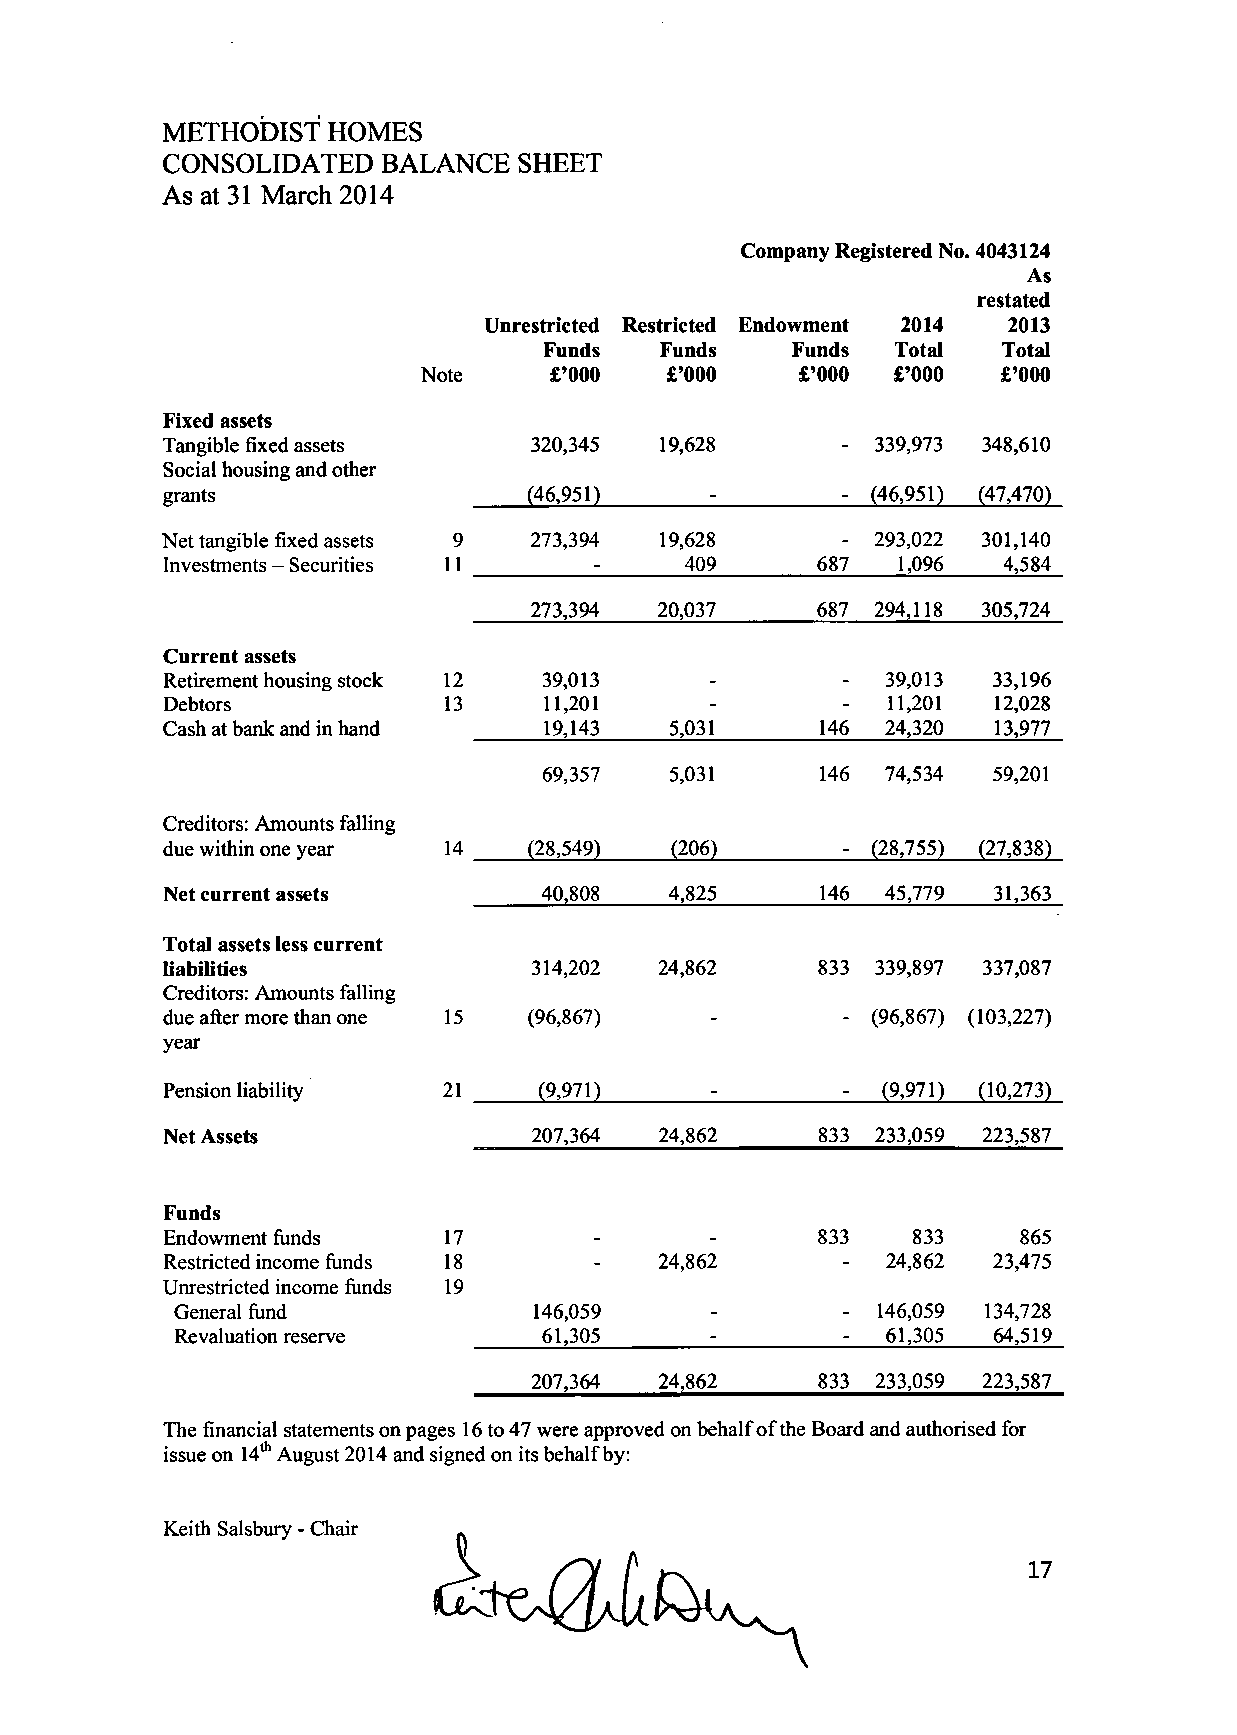
METHODIST  HOMES
 CONSOLIDATED  BALANCE   SHEET
 As at 31 March 2014
 Company Registered No. 4043124
 As
 restated
 Unrestricted Restricted Endowment 2014 2013
 Funds  Funds    Funds  Total  Total
 Note     £'000  £'000    £'000 £'000  £'000
 Fixed assets
 Tangible fixed assets   320,345  19,628      - 339,973 348,610
 Social housing and other
 grants                  (46,951)    _        _ (46,951) (47,470)
 Net tangible fixed assets 9 273,394 19,628     293,022 301,140
 Investments - Securities 11 -     409      687  1,096  4,584
 273,394  20,037    687 294,118 305,724
 Current assets
 Retirement housing stock 12 39,013              39,013 33,196
 Debtors           13     11,201     -        -  11,201 12,028
 Cash at bank and in hand 19,143  5,031     146  24,320 13,977
 69,357  5,031     146  74,534 59,201
 Creditors: Amounts falling
 due within one year 14  (28,549) (206)         (28,755) (27,838)
 Net current assets       40,808  4,825     146  45,779 31,363
 Total assets less current
 liabilities             314,202  24,862    833 339,897 337,087
 Creditors: Amounts falling
 due after more than one 15 (96,867) -        - (96,867) (103,227)
 year
 Pension liability 21     (9,971)               (9,971) (10,273)
 Net Assets              207,364  24,862    833 233,059 223,587
 Funds
 Endowment funds   17                       833   833    865
 Restricted income funds 18  -    24,862      -  24,862 23,475
 Unrestricted income funds 19
 General fund           146,059     _          146,059 134,728
 Revaluation reserve     61,305     -        -  61,305 64,519
 207,364  24,862    833 233,059 223,587
 The financial statements on pages 16 to 47 were approved on behalf ofthe Board and authorised for
 issue on 14th August 2014 and signed on its behalf by:
 Keith Salsbury - Chair
 17